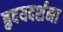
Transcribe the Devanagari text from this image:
हृदयदर्शना